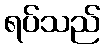
ရပ်သည်